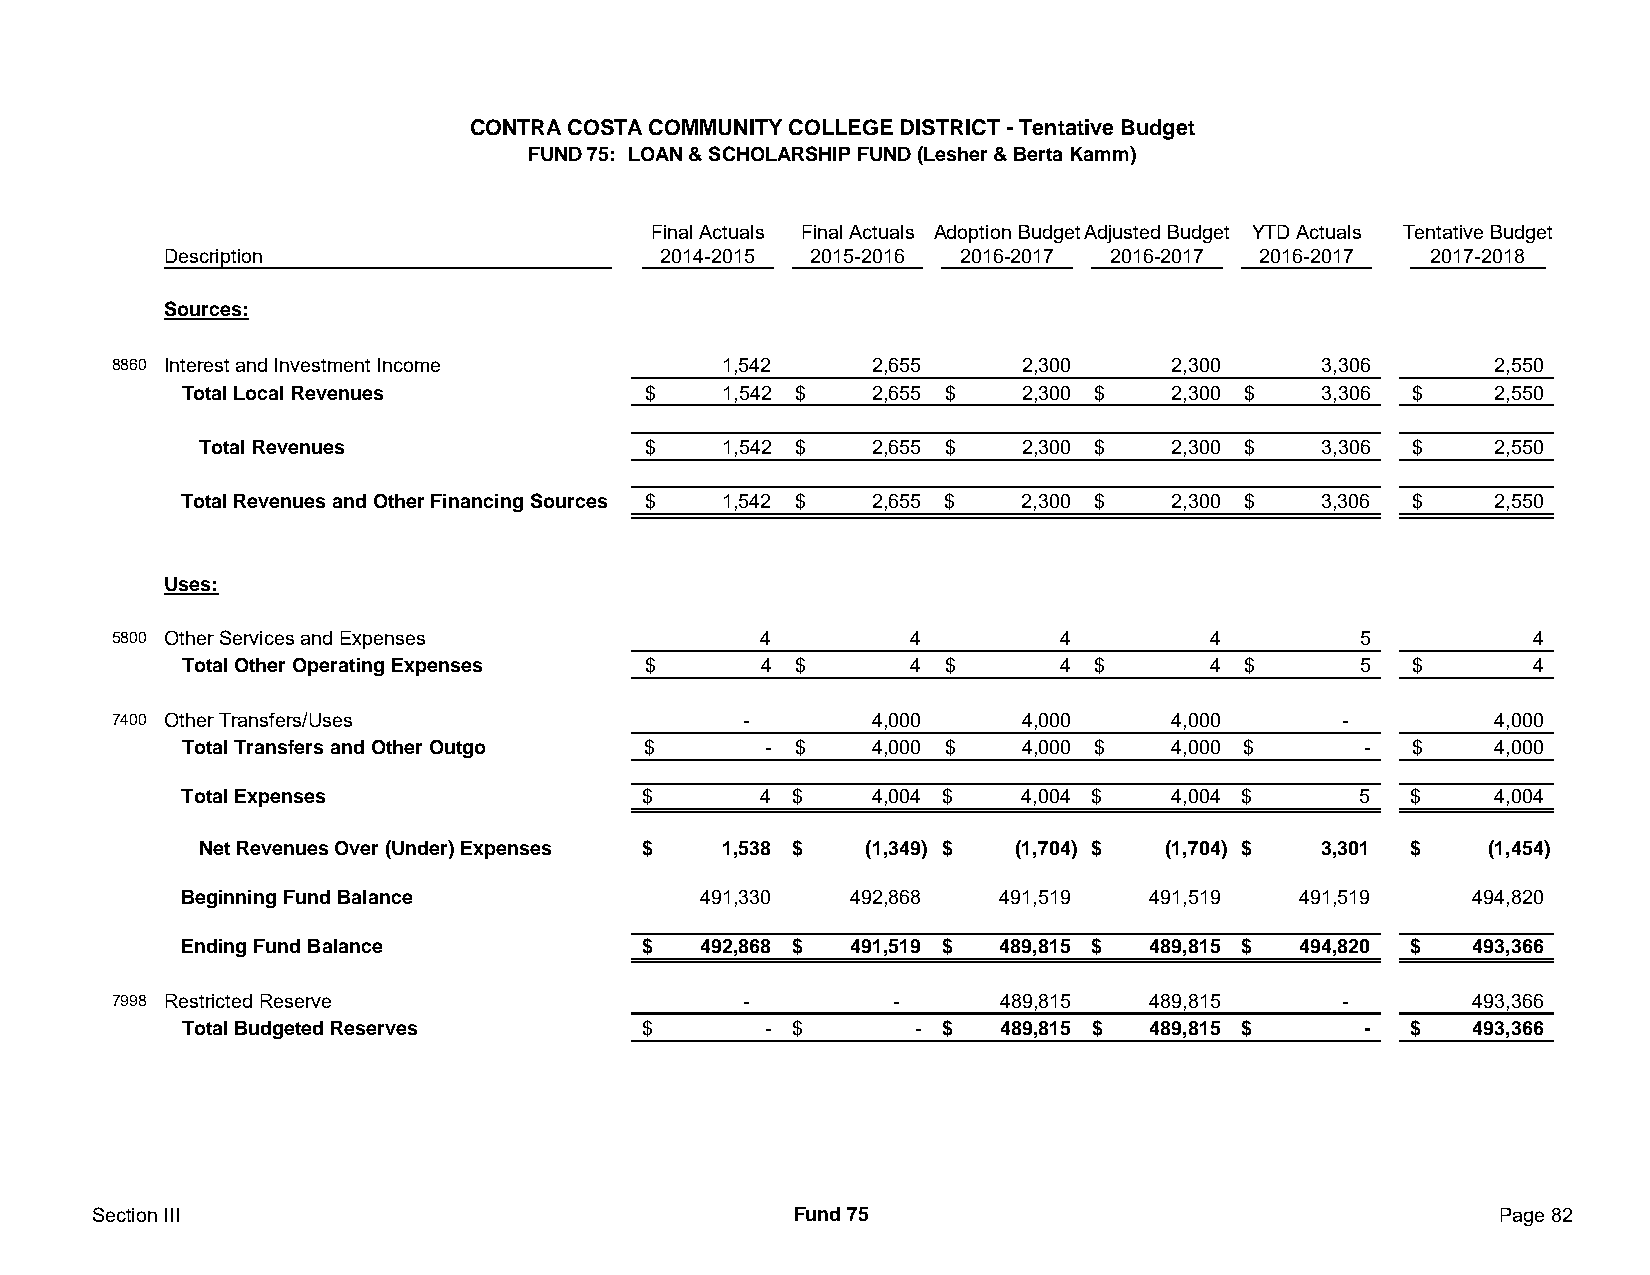
CONTRA COSTA COMMUNITY COLLEGE DISTRICT - Tentative Budget
 FUND 75: LOAN & SCHOLARSHIP FUND (Lesher & Berta Kamm)
 Final Actuals Final Actuals Adoption BudgetAdjusted Budget YTD Actuals Tentative Budget
 Description                     2014-2015 2015-2016 2016-2017 2016-2017 2016-2017  2017-2018
 Sources:
 8860 Interest and Investment Income     1,542     2,655     2,300     2,300     3,306       2,550
 Total Local Revenues          $    1,542 $   2,655 $   2,300 $   2,300 $   3,306 $     2 ,550
 Total Revenues               $    1,542 $   2,655 $   2,300 $   2,300 $   3,306 $     2 ,550
 Total Revenues and Other Financing Sources $ 1,542 $ 2,655 $ 2,300 $ 2,300 $ 3,306 $   2 ,550
 Uses:
 5800 Other Services and Expenses           4         4         4         4         5          4
 Total Other Operating Expenses $      4 $       4 $       4 $       4 $       5  $       4
 7400 Other Transfers/Uses                 -       4,000     4,000     4,000       -         4,000
 Total Transfers and Other Outgo $     - $    4,000 $   4,000 $   4,000 $      -  $     4 ,000
 Total Expenses                $       4 $    4,004 $   4,004 $   4,004 $      5  $     4,004
 Net Revenues Over (Under) Expenses $ 1,538 $ (1,349) $ (1,704) $ (1,704) $ 3,301 $   (1,454)
 Beginning Fund Balance            491,330   492,868   491,519   491,519   491,519    494,820
 Ending Fund Balance           $   492,868 $ 491,519 $ 489,815 $ 489,815 $ 494,820 $  493,366
 7998 Restricted Reserve                   -         -      489,815   489,815      -       493,366
 Total Budgeted Reserves       $       - $       - $   489,815 $ 489,815 $     -  $   493,366
 Section III                                   Fund 75                                        Page 82